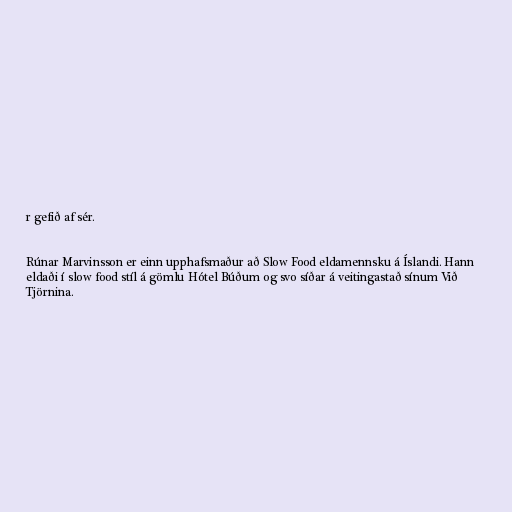
r gefið af sér.

Rúnar Marvinsson er einn upphafsmaður að Slow Food eldamennsku á Íslandi. Hann
eldaði í slow food stíl á gömlu Hótel Búðum og svo síðar á veitingastað sínum Við
Tjörnina.